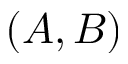
( A , B )